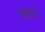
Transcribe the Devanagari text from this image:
घावरे